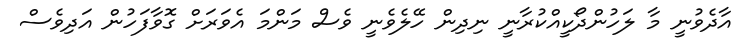
އާދެވުނީ މާ ލަހުންދޯކީއްކުރާނީ ނިދިން ހޭލެވެނީ ވެސް މަންމަ އެވަރަށް ގޮވާފަހުން އަދިވެސް